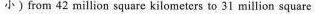
小)from 42 million square kilometers to 31 million square